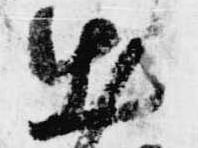
出